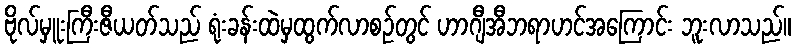
ဗိုလ်မှူးကြီးဇီယတ်သည် ရုံးခန်းထဲမှထွက်လာစဉ်တွင် ဟာဂျီအီဘရာဟင်အကြောင်း ဘူးလာသည်။